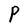
Character: P